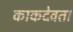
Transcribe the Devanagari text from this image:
काकदेवता